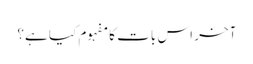
آخر اس بات کا مفہوم کیا ہے؟